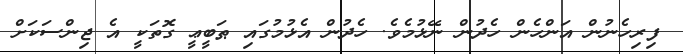
ފިރިހެނުން އަންހެން ހެދުން ނޭޅުމެވެ. ހެދުން އެޅުމުގައި ޠަބީޢީ ގޮތަކީ އެ ޖިންސަކަށް